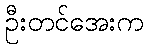
ဦးတင်အေးက